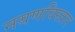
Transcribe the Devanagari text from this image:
नयणविस्तार